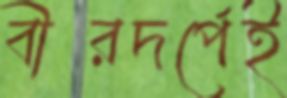
বীরদর্পেই